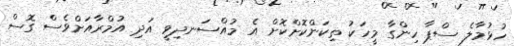
ހުޅުމާލެ ސްޕާ ހިންގާ މީހަކު ތިކަންކޮށްކޮށް އެ މުއްސަނދިވީ އަދި އުމްރާއަށްވެސް ގޮސް